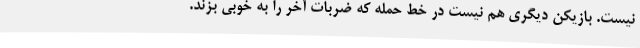
نیست. بازیکن دیگری هم نیست در خط حمله که ضربات آخر را به خوبی بزند.